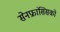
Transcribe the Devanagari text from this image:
सेनफ्रांसिसको